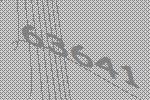
63641